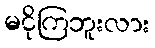
မငိုကြဘူးလား